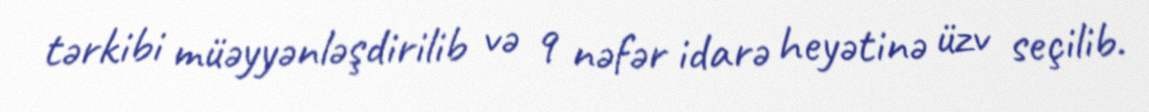
tərkibi müəyyənləşdirilib və 9 nəfər idarə heyətinə üzv seçilib.